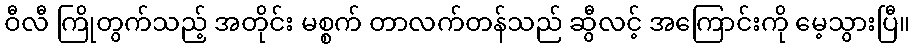
ဝီလီ ကြိုတွက်သည့် အတိုင်း မစ္စက် တာလက်တန်သည် ဆွီလင့် အကြောင်းကို မေ့သွားပြီ။